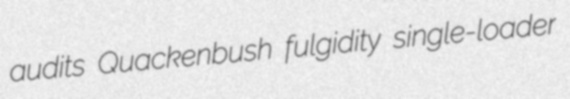
audits Quackenbush fulgidity single-loader